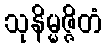
သုနိမ္မဇ္ဇိတံ